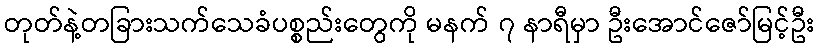
တုတ်နဲ့တခြားသက်သေခံပစ္စည်းတွေကို မနက် ၇ နာရီမှာ ဦးအောင်ဇော်မြင့်ဦး